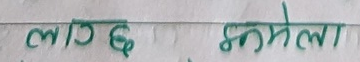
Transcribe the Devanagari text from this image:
लागि छ कमेला